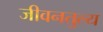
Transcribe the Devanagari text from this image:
जीवनतुल्य